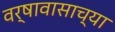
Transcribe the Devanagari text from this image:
वर्षावासाच्या